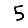
Digit: 5